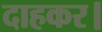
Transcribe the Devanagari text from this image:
दाहकर।